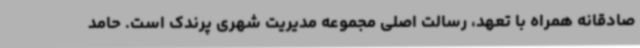
صادقانه همراه با تعهد، رسالت اصلی مجموعه مدیریت شهری پرندک است. حامد